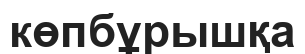
көпбұрышқа